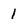
Character: 1